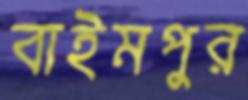
বাইমপুর